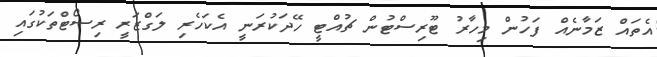
އެތައް ޒަމާނެއް ފަހުން މިހާރު ޓޫރިސްޓުން ޗުއްޓީ ހޭދަކުރަނީ އެކަހެރި ލަގްޒަރީ ރިސޯޓްތަކުގައި